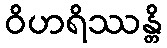
ဝိဟရိဿန္တိ